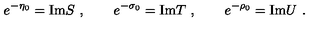
e ^ { - \eta _ { 0 } } = \mathrm { I m } S \ , \qquad e ^ { - \sigma _ { 0 } } = \mathrm { I m } T \ , \qquad e ^ { - \rho _ { 0 } } = \mathrm { I m } U \ .